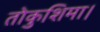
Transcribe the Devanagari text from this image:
तोकुशिमा।